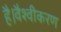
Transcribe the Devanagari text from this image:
है।वैश्वीकरण